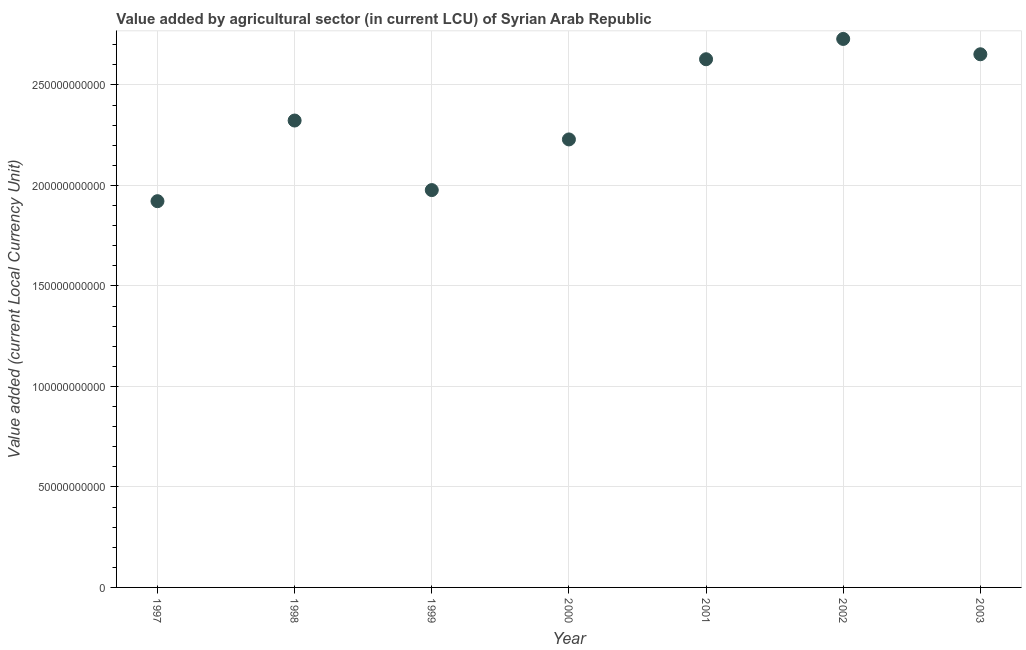
| Year | Agriculture |
 | --- | --- |
 | 1997 | 1.92e+11 |
 | 1998 | 2.32e+11 |
 | 1999 | 1.98e+11 |
 | 2000 | 2.23e+11 |
 | 2001 | 2.63e+11 |
 | 2002 | 2.73e+11 |
 | 2003 | 2.65e+11 |